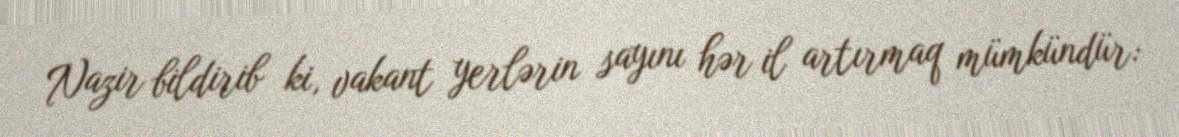
Nazir bildirib ki, vakant yerlərin sayını hər il artırmaq mümkündür: